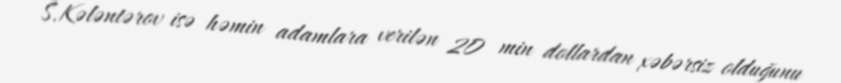
S.Kələntərov isə həmin adamlara verilən 20 min dollardan xəbərsiz olduğunu